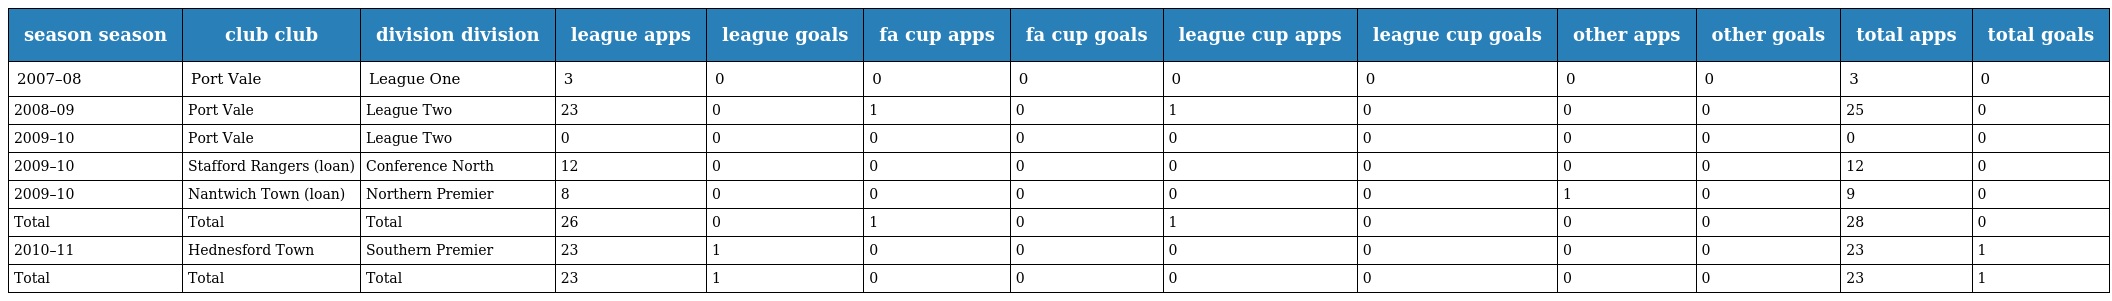
| season season | club club | division division | league apps | league goals | fa cup apps | fa cup goals | league cup apps | league cup goals | other apps | other goals | total apps | total goals |
 | --- | --- | --- | --- | --- | --- | --- | --- | --- | --- | --- | --- | --- |
 | 2007–08 | Port Vale | League One | 3 | 0 | 0 | 0 | 0 | 0 | 0 | 0 | 3 | 0 |
 | 2008–09 | Port Vale | League Two | 23 | 0 | 1 | 0 | 1 | 0 | 0 | 0 | 25 | 0 |
 | 2009–10 | Port Vale | League Two | 0 | 0 | 0 | 0 | 0 | 0 | 0 | 0 | 0 | 0 |
 | 2009–10 | Stafford Rangers (loan) | Conference North | 12 | 0 | 0 | 0 | 0 | 0 | 0 | 0 | 12 | 0 |
 | 2009–10 | Nantwich Town (loan) | Northern Premier | 8 | 0 | 0 | 0 | 0 | 0 | 1 | 0 | 9 | 0 |
 | Total | Total | Total | 26 | 0 | 1 | 0 | 1 | 0 | 0 | 0 | 28 | 0 |
 | 2010–11 | Hednesford Town | Southern Premier | 23 | 1 | 0 | 0 | 0 | 0 | 0 | 0 | 23 | 1 |
 | Total | Total | Total | 23 | 1 | 0 | 0 | 0 | 0 | 0 | 0 | 23 | 1 |